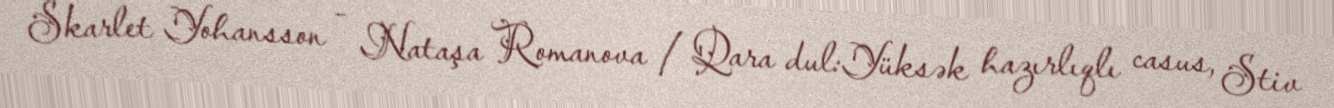
Skarlet Yohansson – Nataşa Romanova / Qara dul:Yüksək hazırlıqlı casus, Stiv